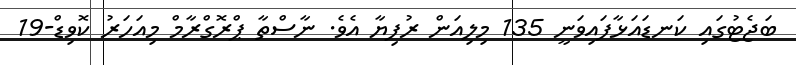
ބަޖެޓުގައި ކަނޑައަޅާފައިވަނީ 135 މިލިއަން ރުފިޔާ އެވެ. ނާސްތާ ޕްރޮގްރާމް މިއަހަރު ކޮވިޑް-19